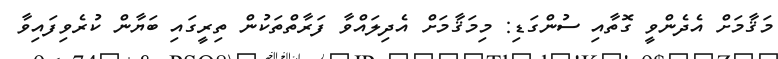
މަޤާމަށް އެދެންވީ ގޮތާއި ސުންގަޑި: މިމަޤާމަށް އެދިލައްވާ ފަރާތްތަކުން ތިރީގައި ބަޔާން ކުރެވިފައިވާ